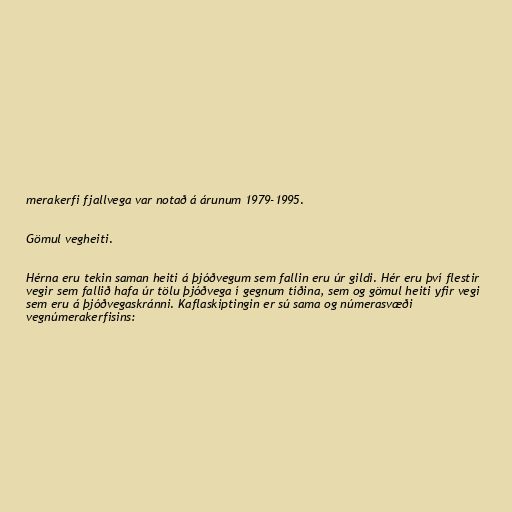
merakerfi fjallvega var notað á árunum 1979-1995.

Gömul vegheiti.

Hérna eru tekin saman heiti á þjóðvegum sem fallin eru úr gildi. Hér eru því flestir
vegir sem fallið hafa úr tölu þjóðvega í gegnum tíðina, sem og gömul heiti yfir vegi
sem eru á þjóðvegaskránni. Kaflaskiptingin er sú sama og númerasvæði
vegnúmerakerfisins: